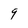
Character: 9